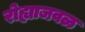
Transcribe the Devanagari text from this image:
रोह्याजवळ